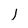
Character: j